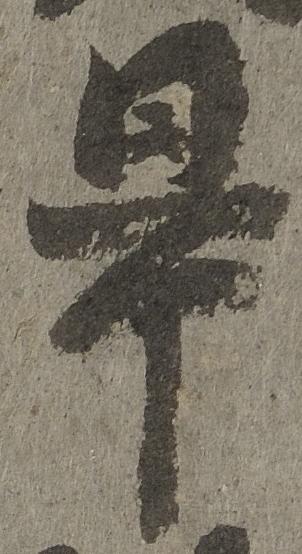
旱